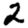
Digit: 2